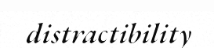
distractibility